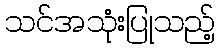
သင်အသုံးပြုသည့်